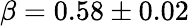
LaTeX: \beta=0.58\pm 0.02